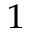
_ 1